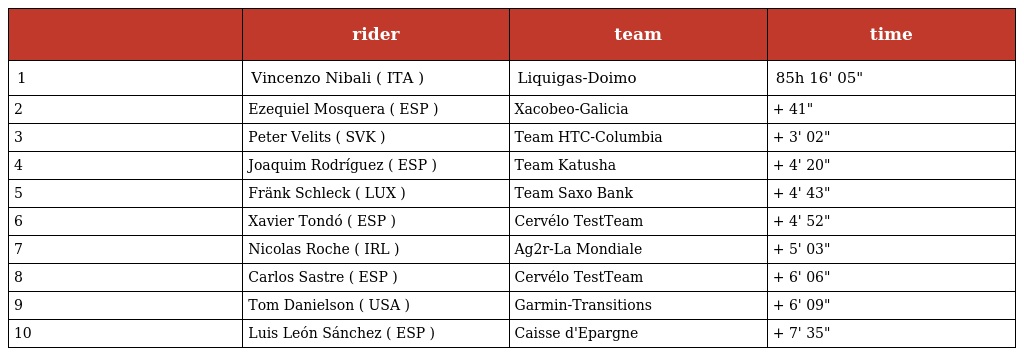
|  | rider | team | time |
 | --- | --- | --- | --- |
 | 1 | Vincenzo Nibali ( ITA ) | Liquigas-Doimo | 85h 16' 05" |
 | 2 | Ezequiel Mosquera ( ESP ) | Xacobeo-Galicia | + 41" |
 | 3 | Peter Velits ( SVK ) | Team HTC-Columbia | + 3' 02" |
 | 4 | Joaquim Rodríguez ( ESP ) | Team Katusha | + 4' 20" |
 | 5 | Fränk Schleck ( LUX ) | Team Saxo Bank | + 4' 43" |
 | 6 | Xavier Tondó ( ESP ) | Cervélo TestTeam | + 4' 52" |
 | 7 | Nicolas Roche ( IRL ) | Ag2r-La Mondiale | + 5' 03" |
 | 8 | Carlos Sastre ( ESP ) | Cervélo TestTeam | + 6' 06" |
 | 9 | Tom Danielson ( USA ) | Garmin-Transitions | + 6' 09" |
 | 10 | Luis León Sánchez ( ESP ) | Caisse d'Epargne | + 7' 35" |